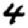
Digit: 4